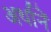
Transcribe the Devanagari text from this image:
अर्थानें